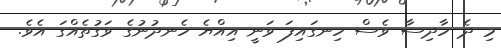
މި ދެ ހާދިސާ ވެސް ހިނގައިފަ ވަނީ އިއްޔެ ހެނދުނުގެ ވަގުތެއްގަ އެވެ.